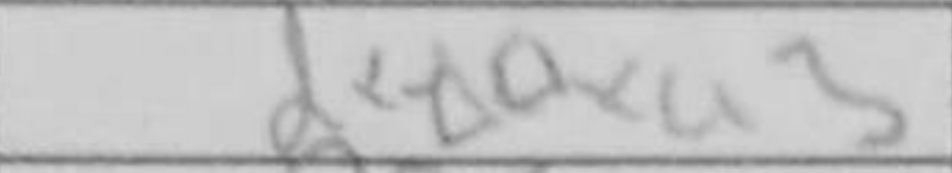
Transcription: dxe4